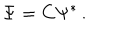
\Psi = { C } \Psi ^ { \ast } \, .